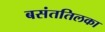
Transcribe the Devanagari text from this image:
बसंततिलका